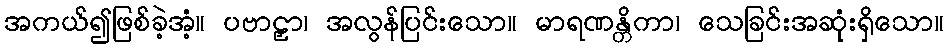
အကယ်၍ဖြစ်ခဲ့အံ့။ ပဗာဠှာ၊ အလွန်ပြင်းသော။ မာရဏန္တိကာ၊ သေခြင်းအဆုံးရှိသော။